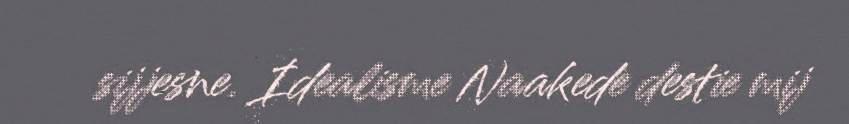
sijjesne. Idealisme Naakede destie mij